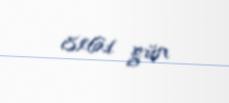
8161 gün